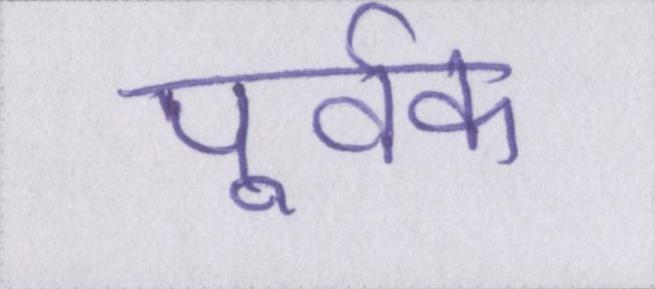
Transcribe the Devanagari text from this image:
पूर्वक